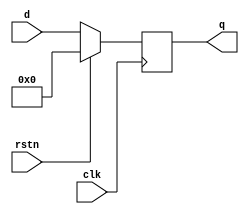
// This program was cloned from: https://github.com/b224hisl/rioschip
// License: Apache License 2.0


module std_dffr
#(
    parameter WIDTH = 8
)
(
    input                       clk,
    input                       rstn,
    input       [WIDTH-1:0]     d,
    output      [WIDTH-1:0]     q
);

reg    [WIDTH-1:0] dff_q;

always @(posedge clk) begin
    if(rstn)begin
        dff_q <= {WIDTH{1'b0}};
    end
    else begin
        dff_q <= d;
    end
end

assign  q = dff_q;
endmodule